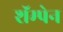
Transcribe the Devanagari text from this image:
शॅम्पेन